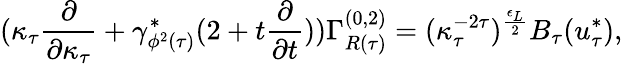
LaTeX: (\kappa_{\tau}\frac{\partial}{\partial\kappa_{\tau}}+\gamma_{\phi^{2}(\tau)}^{*}(2+t\frac{\partial}{\partial t}))\Gamma_{R(\tau)}^{(0,2)}=(\kappa_{\tau}^{-2\tau})^{\frac{\epsilon_{L}}{2}}B_{\tau}(u_{\tau}^{*}),